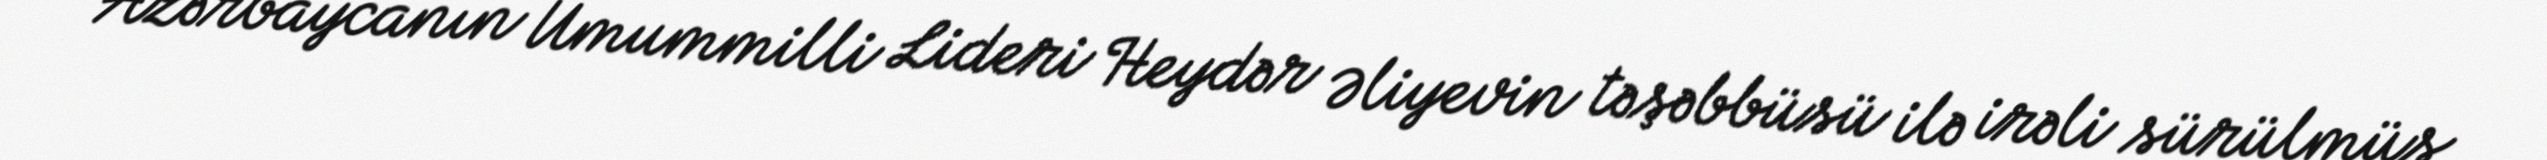
Azərbaycanın Ümummilli Lideri Heydər Əliyevin təşəbbüsü ilə irəli sürülmüş